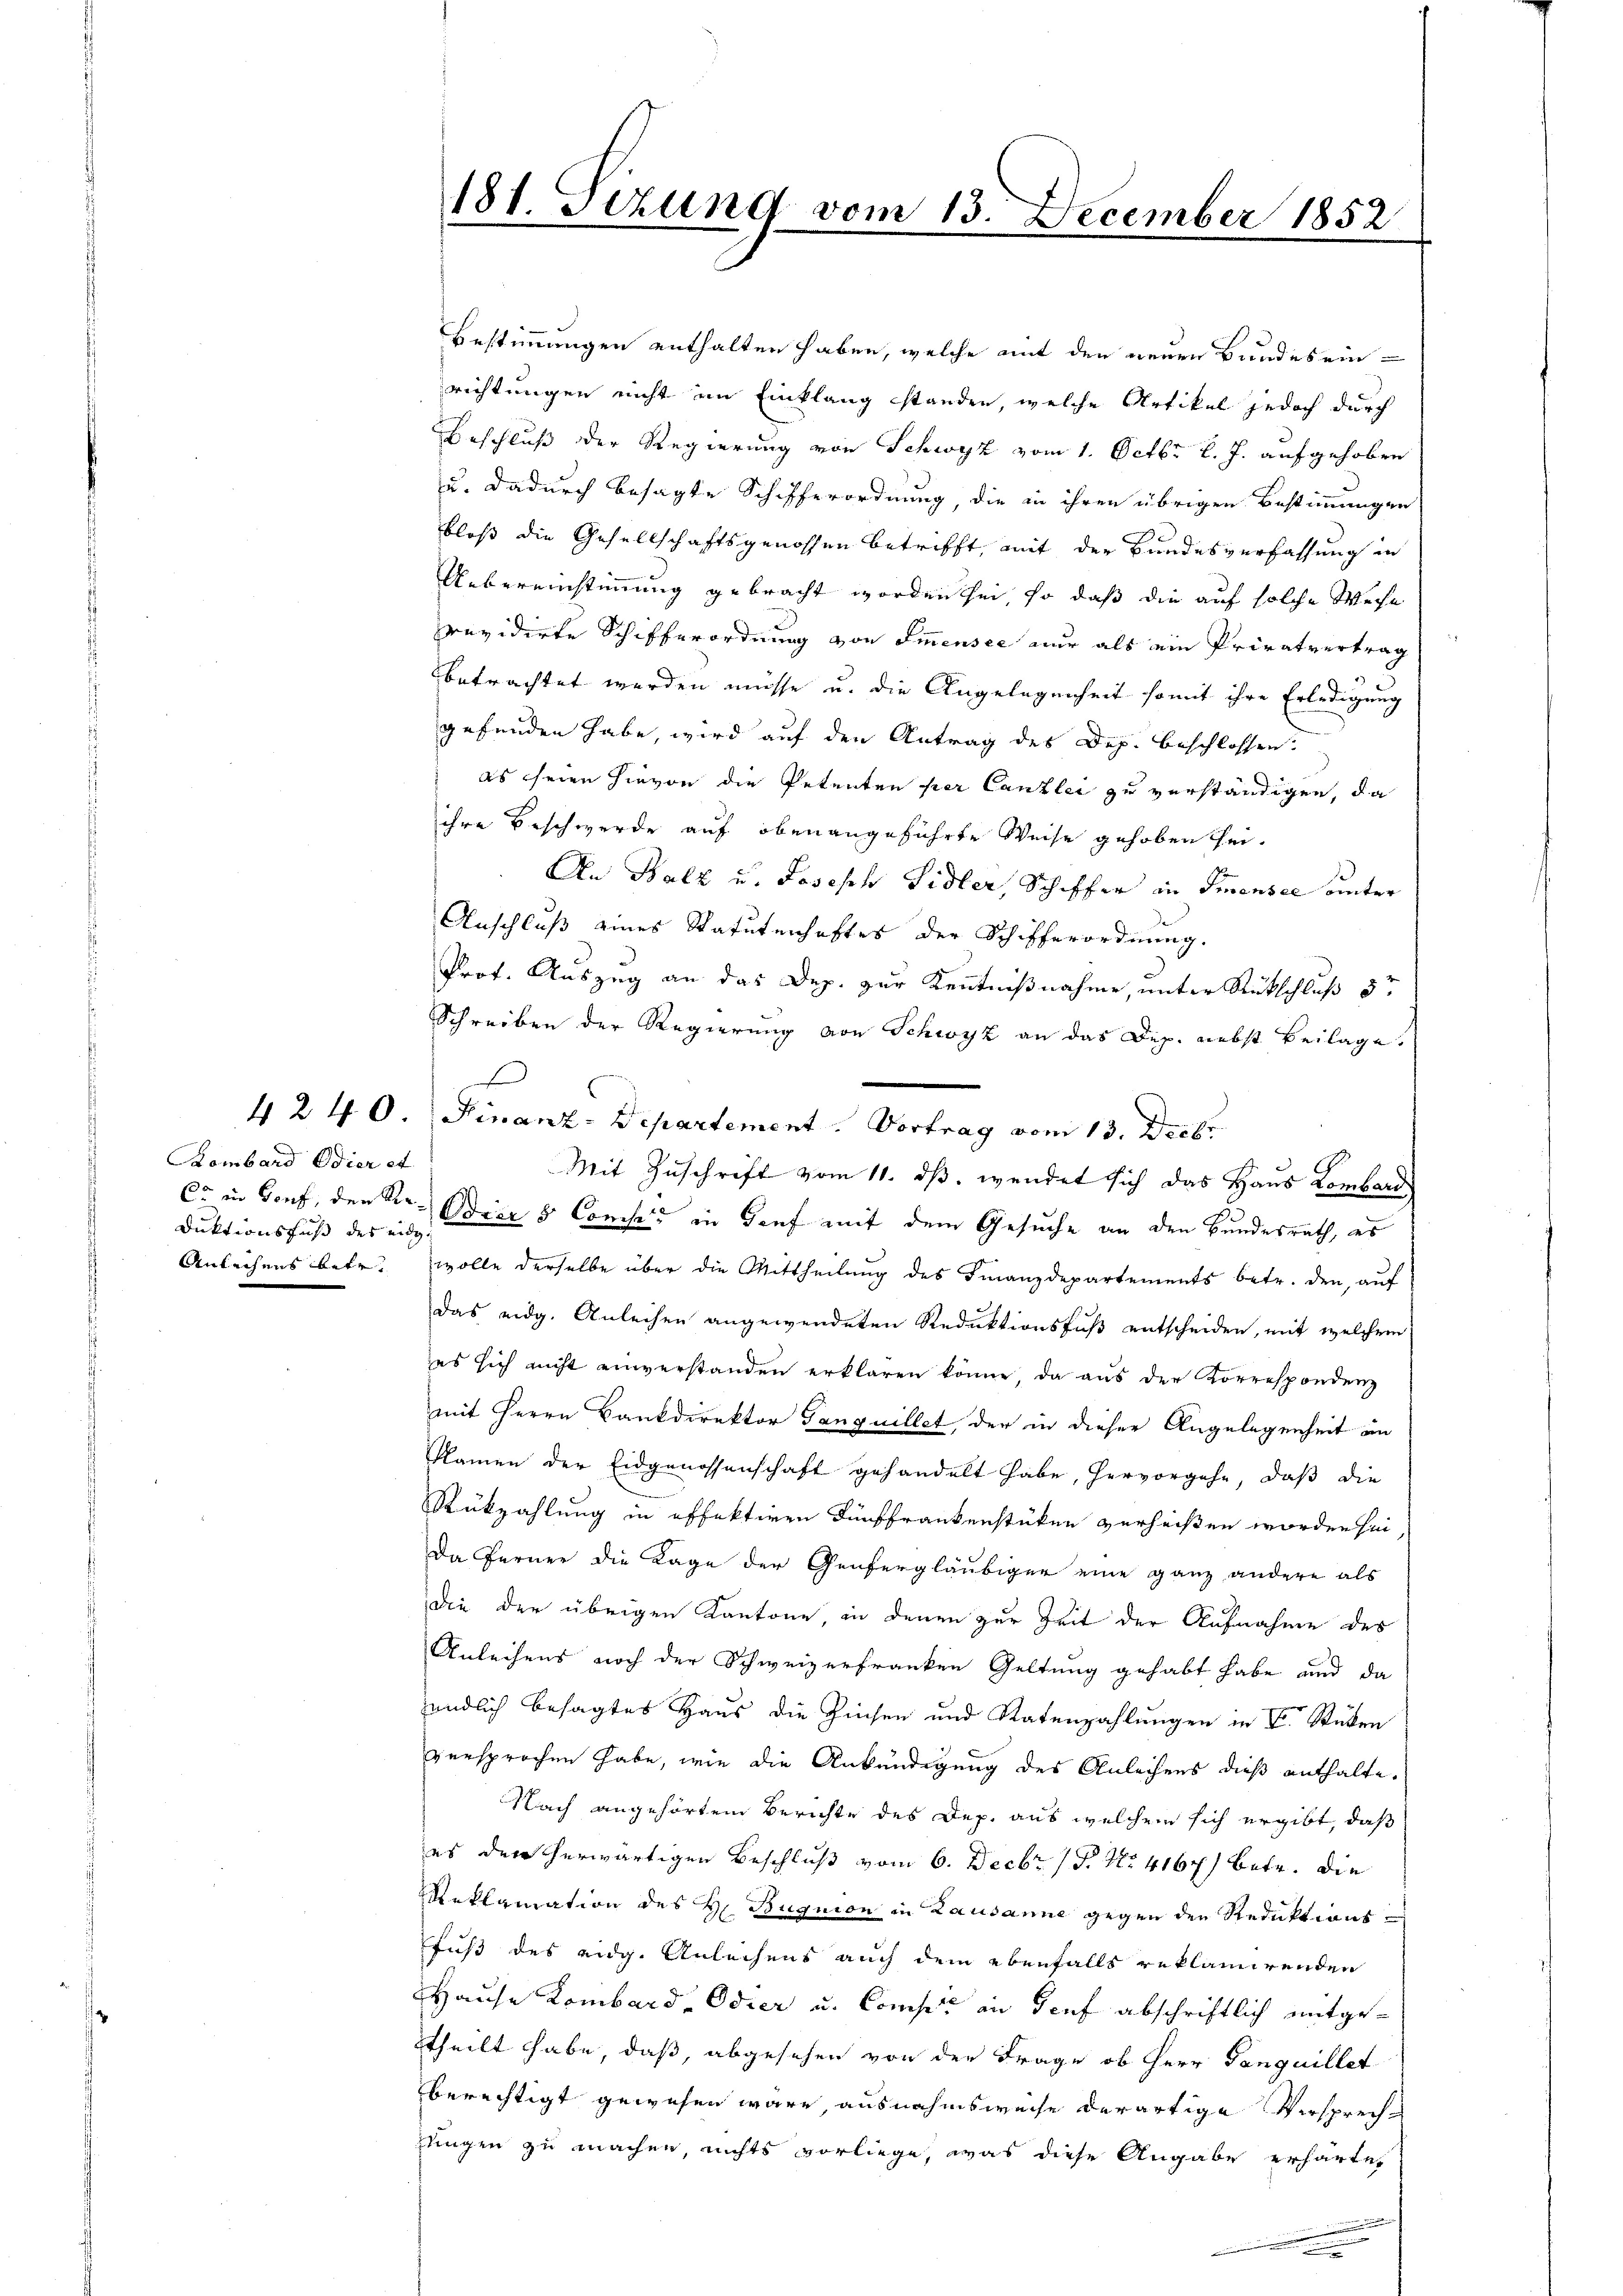
Bombard Odier et
Duktionsfuß des eidg.

Bestimmungen enthalten haben, welche mit den neuen Bundes ein-
richtungen nicht im Einklang standen, welche Artikel jedoch durch
Beschluß der Regierung von Schwyz vom 1. Octbr. l. J. aufgehoben
u. dadurch besagte Schifferordnung, die in ihren übrigen Bestimmungen
bloß die Gesellschaftsgenossen betrifft, mit der Bundesverfassung in
Uebereinstimmung gebracht worden sei, so daß die auf solche Weise
revidirte Schifferordnung von Immensee nur als ein Privatvertrag
betrachtet werden müsse u. die Angelegenheit somit ihre Erledigung
gefunden habe, wird auf den Antrag des Dep. beschlossen:
es seien hievon die Petenten per Canzlei zu verständigen, da
ihre Beschwerde auf obenangeführte Weise gehoben sei¬
An Balz u. Joseph Sidler, Schiffer in Smensee unter
Anschluß eines Statutenhaftes der Schifferordnung.
Prof. Auszug an das Dep. zur Kenntnißnahme, unter Rückschluß 5t
Schreiben der Regierung von Schwyz an das Dep. nebst Beilage.
4240. Finanz-Departement. Vortrag vom 13. Decbr.
Mit Zuschrift vom 11. ds. wendet sich das Haus Lombard
C. in Genf, den Sr. Die 5 Conses in Dorf mit dem Gesuche an den Bundesrath, es
Anleihens betr. wolle derselbe über die Mittheilung des Finanzdepartements betr. den auf
Das eidg. Anleihen angewendeten Reduktionsfuß entscheiden, mit welchem
es sich nicht einverstanden erklären könne, da aus der Korrespondenz
mit Herrn Bankdirektor Ganguillet, der in dieser Angelegenheit an
Namen der Eidgenossenschaft gehandelt habe, hervorgehe, daß die
Rükzahlung in offektiren Dünffrankenstücken verheißen worden sei
Da Ferner die Lage der Genfergläubiger eine ganz andere als
die der übrigen Kantone in denen zur Zeit der Aufnahme des
Anleihens noch der Schweizerfranken Geltung gehabt habe und da
endlich besagtes Haus die Zinsen und Ratenzahlungen in V. Stücken
versprochen habe, wie die Ankündigung des Anleihens dieß enthalte.
Nach angehörten Berichte des Dep. aus welchem sich ergibt, daß
es der herwärtigen Beschluß vom 6. Decbr. 1 P. Nr. 4167) Betr. die
Reklamation des H. Buquion in Lausanne gegen den Reduktionsfuß des eidg. Anleichens auch dem ebenfalls reklamirenden
Hause Kombard- Odier u. Conses in Genf abschriftlich mitgetheilt habe, daß, abgesehen von der Frage ob Herr Panquillet
berechtigt gewesen wäre, ausnahmsweise derartige Verspreche
ringen zu machen, nichts vorliege, was diese Angabe erharten

181. Sizung vom 13. December 1852

s